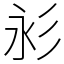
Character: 𢒋